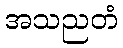
အသညတံ